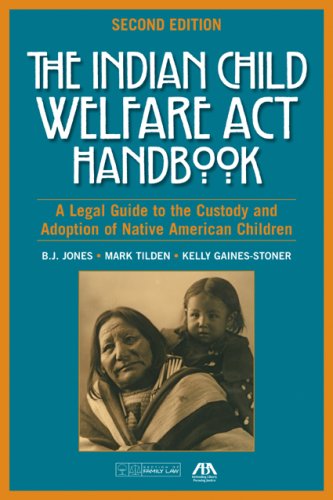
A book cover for The Indian Child Welfare Act Handbook: A Legal Guide to the Custody and Adoption of Native American Children; B. J. Jones; Law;